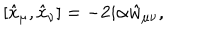
[ \hat { x } _ { \mu } , \hat { x } _ { \nu } ] = - 2 i \alpha \hat { w } _ { \mu \nu } ,